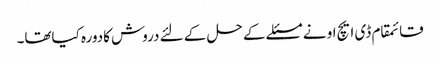
قائمقام ڈی ایچ او نے مسئلے کے حل کے لئے دروش کادورہ کیاتھا۔